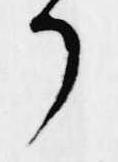
了